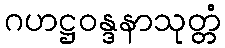
ဂဟဋ္ဌဝန္ဒနာသုတ္တံ